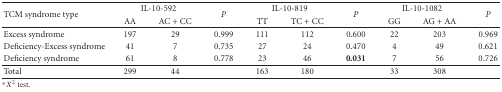
<table><thead><tr><td rowspan="2"><b>TCM syndrome type</b></td><td colspan="2"><b>IL-10-592</b></td><td rowspan="2"><b><i>P</i></b></td><td colspan="2"><b>IL-10-819</b></td><td rowspan="2"><b><i>P</i></b></td><td colspan="2"><b>IL-10-1082</b></td><td rowspan="2"><b><i>P</i></b></td></tr><tr><td><b>AA</b></td><td><b>AC + CC</b></td><td><b>TT</b></td><td><b>TC + CC</b></td><td><b>GG</b></td><td><b>AG + AA</b></td></tr></thead><tbody><tr><td>Excess syndrome</td><td>197</td><td>29</td><td>0.999</td><td>111</td><td>112</td><td>0.600</td><td>22</td><td>203</td><td>0.969</td></tr><tr><td>Deficiency-Excess syndrome</td><td>41</td><td>7</td><td>0.735</td><td>27</td><td>24</td><td>0.470</td><td>4</td><td>49</td><td>0.621</td></tr><tr><td>Deficiency syndrome</td><td>61</td><td>8</td><td>0.778</td><td>23</td><td>46</td><td><b>0.031</b></td><td>7</td><td>56</td><td>0.726</td></tr><tr><td>Total</td><td>299</td><td>44</td><td></td><td>163</td><td>180</td><td></td><td>33</td><td>308</td><td></td></tr></tbody></table>